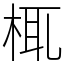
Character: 㭯